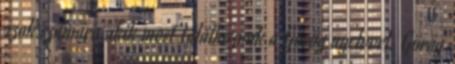
azok számára akik most találkoznak a Görög nyelvvel. Görög